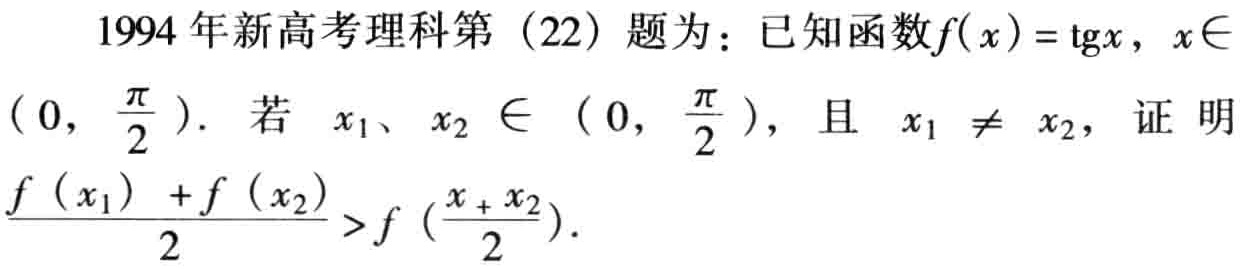
1994 年新高考理科第（22）题为：已知函数\(f(x)=\text{tg}x\)，\(x\in(0,\frac{\pi}{2})\)。若 \(x_1\)、\(x_2\in(0,\frac{\pi}{2})\)，且 \(x_1\neq x_2\)，证明\(\frac{f(x_1)+f(x_2)}{2}>f(\frac{x_1 + x_2}{2})\)。